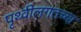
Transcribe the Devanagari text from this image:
पृथ्वीलगतच्या